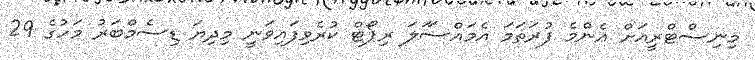
މިނިސްޓްރީއަށް އެންމެ ފުރަތަމަ އެމައްސަަލަ ރިޕޯޓް ކުރެވިފައިވަނީ މިދިޔަ ޑިސެމްބަރު މަހުގެ 29